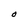
Character: O